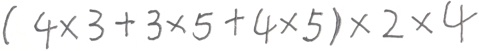
( 4 \times 3 + 3 \times 5 + 4 \times 5 ) \times 2 \times 4